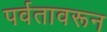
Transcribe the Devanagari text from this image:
पर्वतावरून